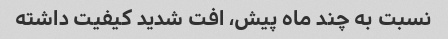
نسبت به چند ماه پیش، افت شدید کیفیت داشته